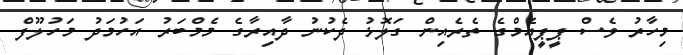
މިހާރު ވެސް ޕީޕީއެމްގެ ތެރެއިން ގަލޮޅު ދެކުނު ދާއިރާގެ މެމްބަރު އަހުމަދު މަހުލޫފް